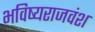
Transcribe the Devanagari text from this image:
भविष्यराजवंश